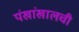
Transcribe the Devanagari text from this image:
पंखांखालची